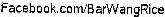
FACEBOOK,COM/BARWANGRICE